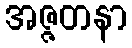
အဇ္ဇတနာ